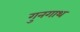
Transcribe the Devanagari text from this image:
गुनगाथ